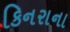
કિનરાના